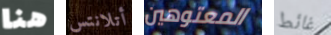
هنا أتلانتس المعتوهين غائط